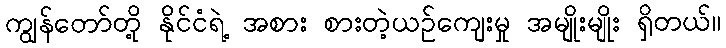
ကျွန်တော်တို့ နိုင်ငံရဲ့ အစား စားတဲ့ယဉ်ကျေးမှု အမျိုးမျိုး ရှိတယ်။